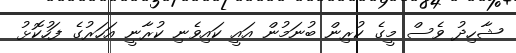
ޝާހިދު ވެސް މީގެ ކުރިން ބުނަމުން އައީ ކައިވެނި ކުރާނީ އަހަރުގެ ފަހުކޮޅު